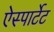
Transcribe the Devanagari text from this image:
ऐस्पार्टेट